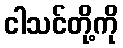
ငါသင်တို့ကို